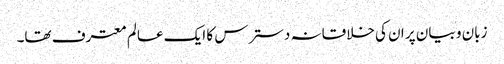
زبان و بیان پر ان کی خلاقانہ دسترس کا ایک عالم معترف تھا۔